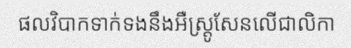
ផលវិបាកទាក់ទងនឹងអឺស្ត្រូសែនលើជាលិកា